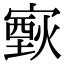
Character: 𤎟